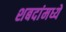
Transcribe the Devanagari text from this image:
शबदांमध्ये